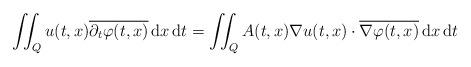
LaTeX: \begin{align*}\iint_Q u(t,x)\overline{\partial_t\varphi(t,x)}\,{\rm d}x\,{\rm d}t=\iint_Q A(t,x)\nabla u(t,x)\cdot \overline{\nabla\varphi(t,x)}\,{\rm d}x\,{\rm d}t\end{align*}